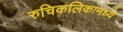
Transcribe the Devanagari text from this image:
रुचिकलिकामध्ये